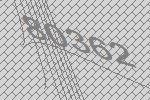
80362